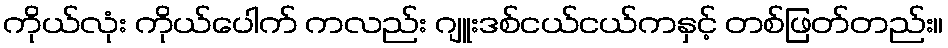
ကိုယ်လုံး ကိုယ်ပေါက် ကလည်း ဂျူးဒစ်ငယ်ငယ်ကနှင့် တစ်ဖြတ်တည်း။